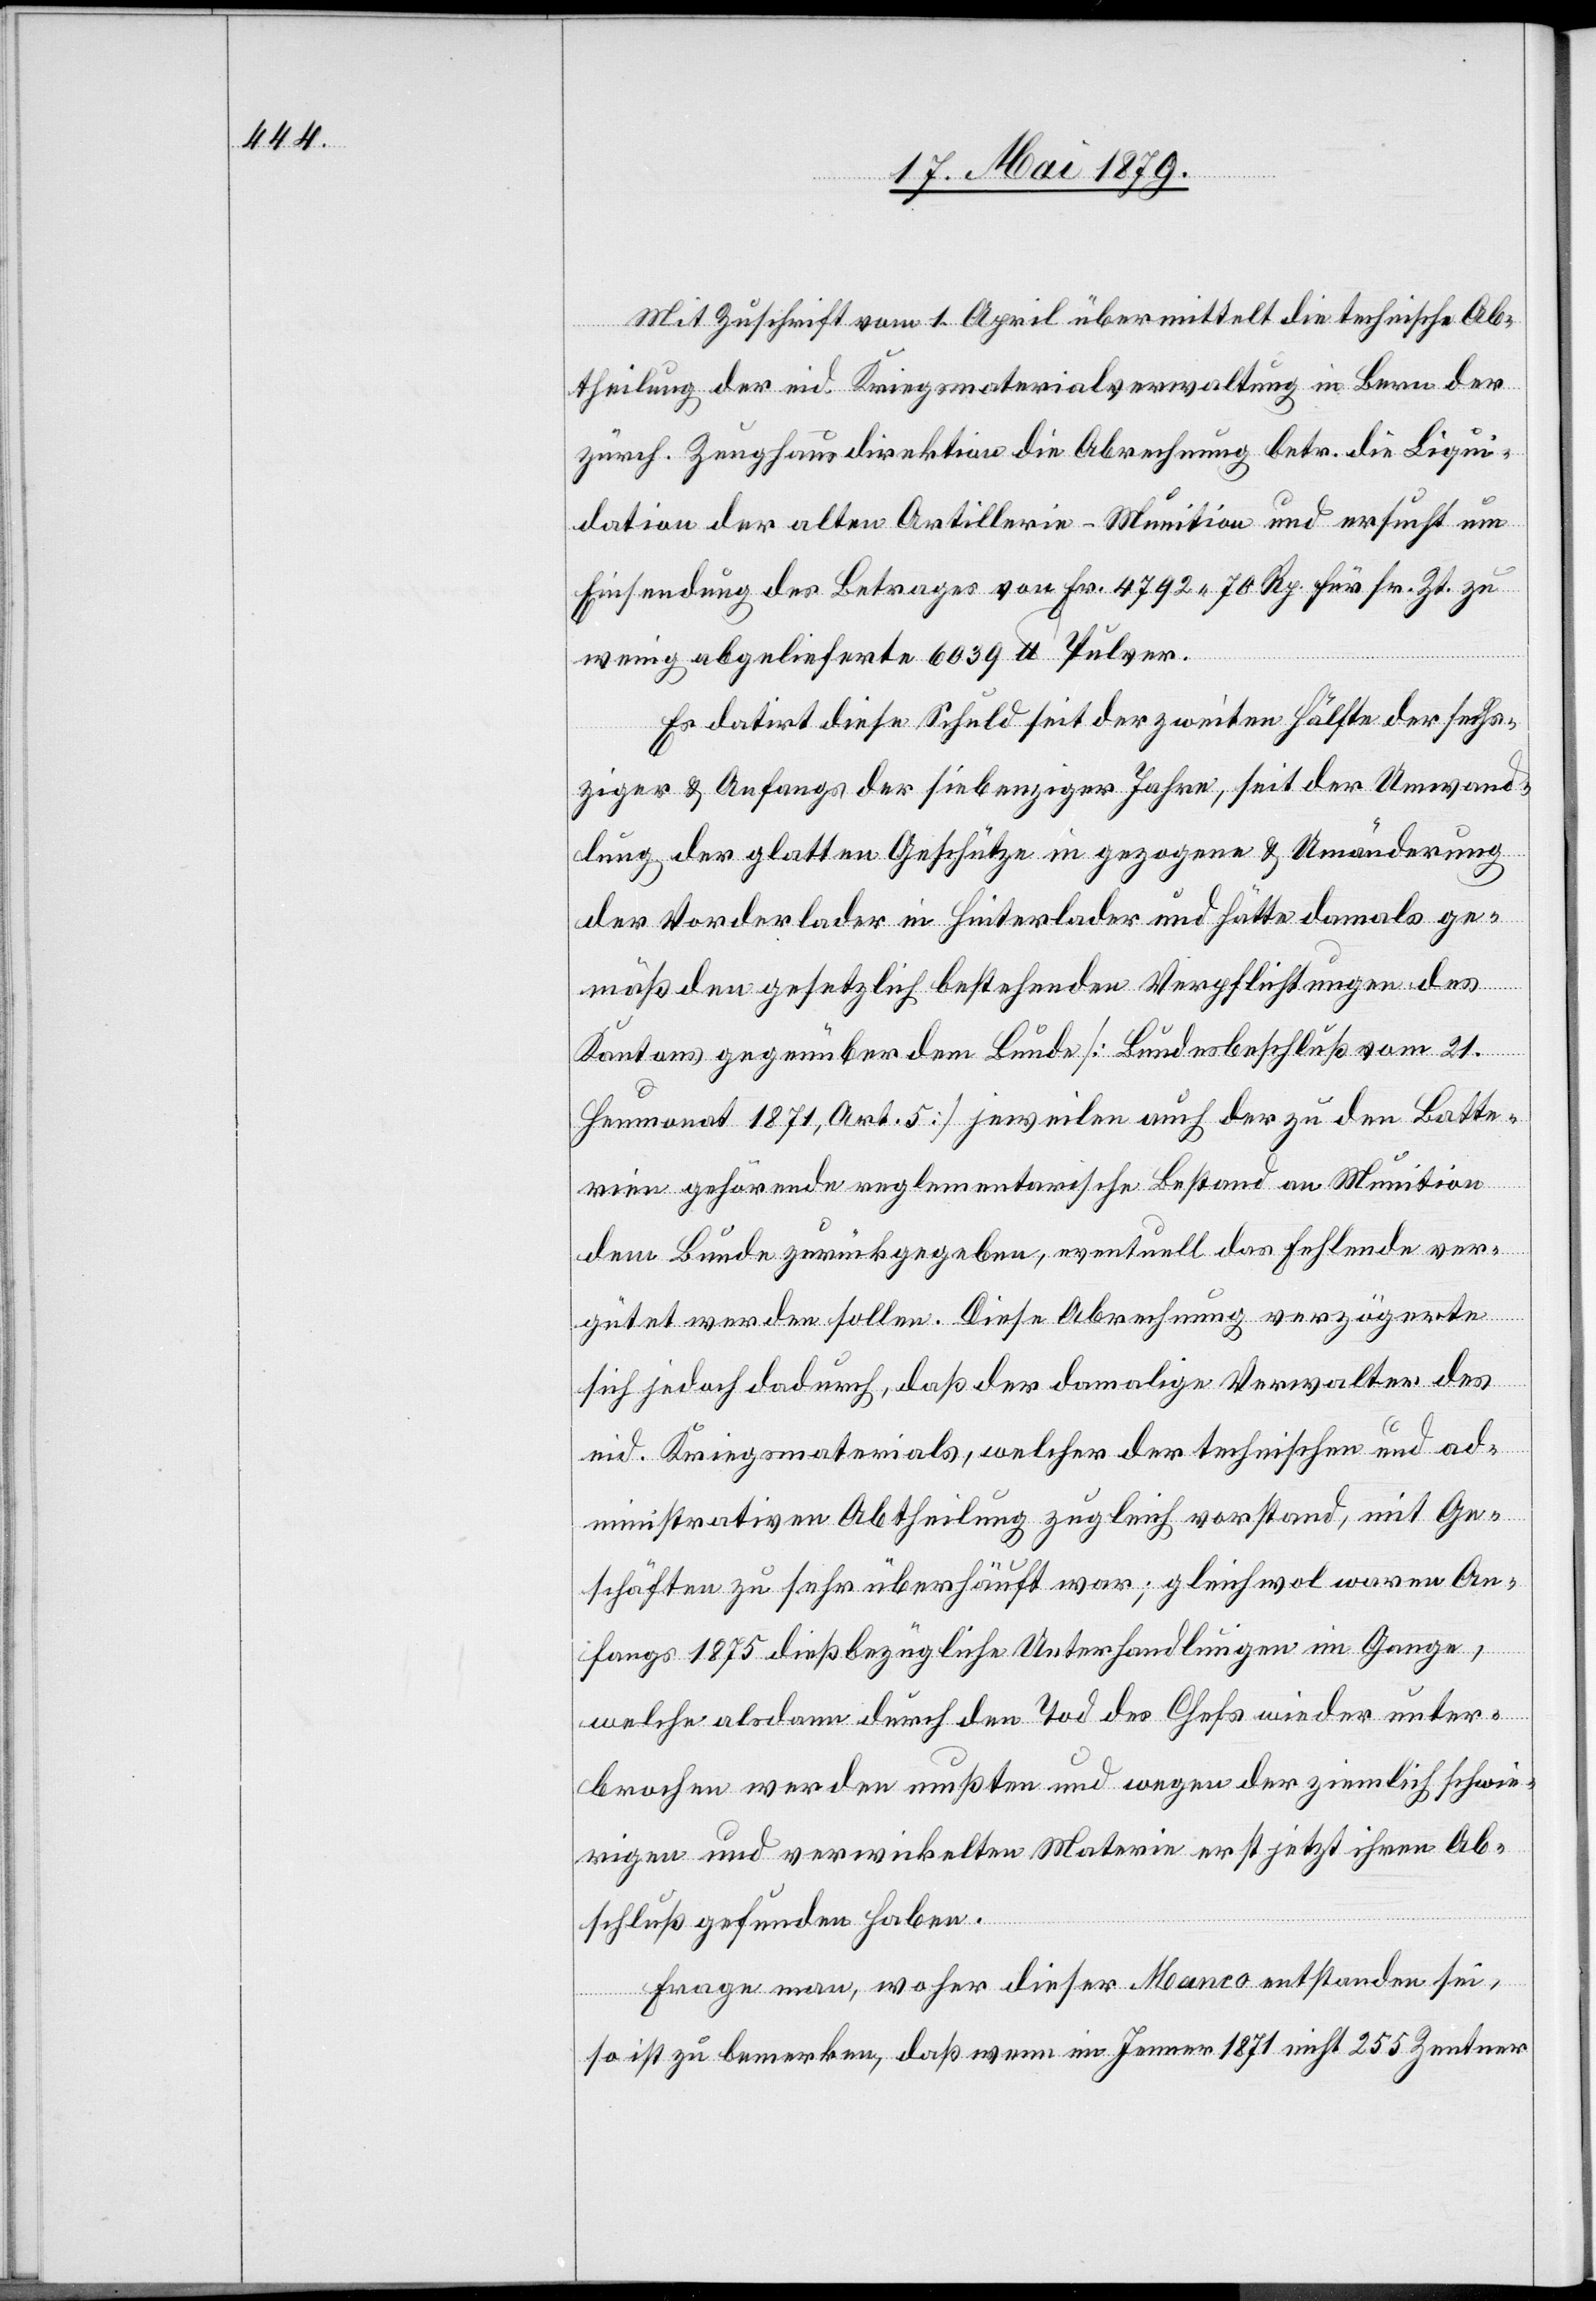
Mit Zuschrift vom 1. April übermittelt die technische Ab¬
theilung der eid. Kriegsmaterialverwaltung in Bern der
zürch. Zeughausdirektion die Abrechnung betr. die Liqui¬
dation der alten Artillerie-Munition und ersucht um
Einsendung des Betrages von Fr. 4792 70 Rp. für sr. Zt. zu
wenig abgelieferte 6039 lb Pulver.
Es datirt diese Schuld seit der zweiten Hälfte der sechs¬
ziger & Anfangs der siebenziger Jahre, seit der Umwand¬
lung der glatten Geschütze in gezogene & Umänderung
der Vorderlader in Hinterlader und hätte damals ge¬
mäß den gesetzlich bestehenden Verpflichtungen des
Kantons gegenüber dem Bunde [Bundesbeschluß vom 21.
Heumonat 1871, Art. 5] jeweilen auch der zu den Batte¬
rien gehörende reglementarische Bestand an Munition
dem Bunde zurückgegeben, eventuell das Fehlende ver¬
gütet werden sollen. Diese Abrechnung verzögerte
sich jedoch dadurch, daß der damalige Verwalter des
eid. Kriegsmaterials, welcher der technischen und ad¬
ministrativen Abtheilung zugleich vorstand, mit Ge¬
schäften zu sehr überhäuft war; gleichwol waren An¬
fangs 1875 dießbezügliche Unterhandlungen im Gange,
welche alsdann durch den Tod des Chefs wieder unter¬
brochen werden mußten und wegen der ziemlich schwie¬
rigen und verwickelten Materie erst jetzt ihren Ab¬
schluß gefunden haben.
Frage man, woher dieser Manco entstanden sei,
so ist zu bemerken, daß wenn im Jenner 1871 nicht 255 Zentner